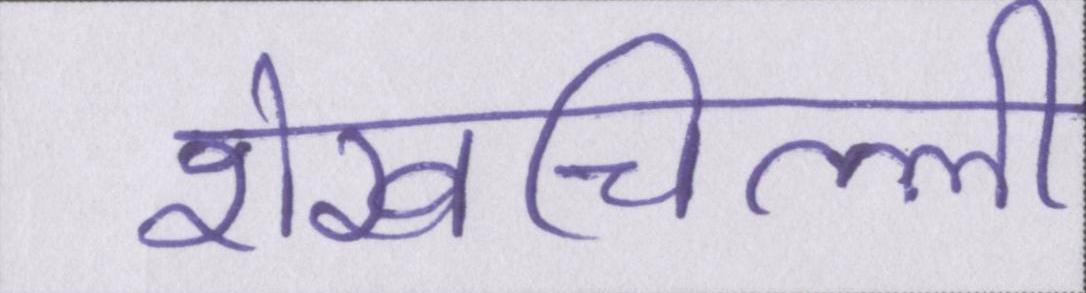
शेखचिल्ली